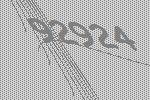
92924